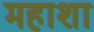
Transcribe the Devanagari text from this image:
महाशा